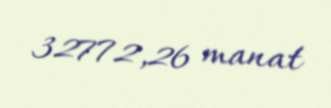
32772,26 manat